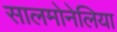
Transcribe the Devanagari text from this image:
सालमोनेलिया